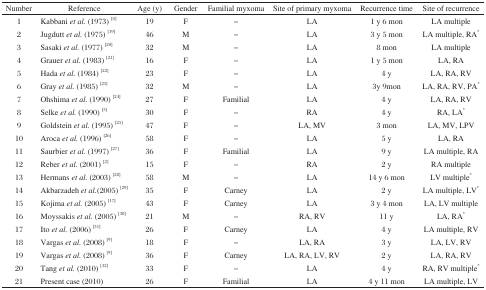
<table><thead><tr><td><b>Number</b></td><td><b>Reference</b></td><td><b>Age (y)</b></td><td><b>Gender</b></td><td><b>Familial myxoma</b></td><td><b>Site of primary myxoma</b></td><td><b>Recurrence time</b></td><td><b>Site of recurrence</b></td></tr></thead><tbody><tr><td>1</td><td>Kabbani <i>et al.</i> (1973) [8]</td><td>19</td><td>F</td><td>-</td><td>LA</td><td>1 y 6 mon</td><td>LA multiple</td></tr><tr><td>2</td><td>Jugdutt <i>et al.</i> (1975) [19]</td><td>46</td><td>M</td><td>-</td><td>LA</td><td>3 y 5 mon</td><td>LA multiple, RA*</td></tr><tr><td>3</td><td>Sasaki <i>et al.</i> (1977) [20]</td><td>32</td><td>M</td><td>-</td><td>LA</td><td>8 mon</td><td>LA multiple</td></tr><tr><td>4</td><td>Grauer <i>et al.</i> (1983) [21]</td><td>16</td><td>F</td><td>-</td><td>LA</td><td>1 y 5 mon</td><td>LA, RA</td></tr><tr><td>5</td><td>Hada <i>et al.</i> (1984) [22]</td><td>23</td><td>F</td><td>-</td><td>LA</td><td>4 y</td><td>LA, RA, RV</td></tr><tr><td>6</td><td>Gray <i>et al.</i> (1985) [23]</td><td>32</td><td>M</td><td>-</td><td>LA</td><td>3y 9mon</td><td>LA, RA, RV, PA*</td></tr><tr><td>7</td><td>Ohshima <i>et al.</i> (1990) [24]</td><td>27</td><td>F</td><td>Familial</td><td>LA</td><td>4 y</td><td>LA, RA, RV</td></tr><tr><td>8</td><td>Selke <i>et al.</i> (1990) [3]</td><td>30</td><td>F</td><td>-</td><td>RA</td><td>4 y</td><td>RA, LA*</td></tr><tr><td>9</td><td>Goldstein <i>et al.</i> (1995) [25]</td><td>47</td><td>F</td><td>-</td><td>LA, MV</td><td>3 mon</td><td>LA, MV, LPV</td></tr><tr><td>10</td><td>Aroca <i>et al.</i> (1996) [26]</td><td>58</td><td>F</td><td>-</td><td>LA</td><td>5 y</td><td>LA, RA</td></tr><tr><td>11</td><td>Saurbier <i>et al.</i> (1997) [27]</td><td>36</td><td>F</td><td>Familial</td><td>LA</td><td>9 y</td><td>LA multiple, RA</td></tr><tr><td>12</td><td>Reber <i>et al.</i> (2001) [2]</td><td>15</td><td>F</td><td>-</td><td>RA</td><td>2 y</td><td>RA multiple</td></tr><tr><td>13</td><td>Hermans <i>et al.</i> (2003) [28]</td><td>58</td><td>M</td><td>-</td><td>LA</td><td>14 y 6 mon</td><td>LV multiple*</td></tr><tr><td>14</td><td>Akbarzadeh <i>et al.</i> (2005) [29]</td><td>35</td><td>F</td><td>Carney</td><td>LA</td><td>2 y</td><td>LA multiple, LV*</td></tr><tr><td>15</td><td>Kojima <i>et al.</i> (2005) [17]</td><td>43</td><td>F</td><td>Carney</td><td>LA</td><td>3 y 4 mon</td><td>LA, LV multiple</td></tr><tr><td>16</td><td>Moyssakis <i>et al.</i> (2005) [30]</td><td>21</td><td>M</td><td>-</td><td>RA, RV</td><td>11 y</td><td>LA, RA*</td></tr><tr><td>17</td><td>Ito <i>et al.</i> (2006) [31]</td><td>26</td><td>F</td><td>Carney</td><td>LA</td><td>4 y</td><td>LA multiple, RV</td></tr><tr><td>18</td><td>Vargas <i>et al.</i> (2008) [9]</td><td>18</td><td>F</td><td>-</td><td>LA, RA</td><td>3 y</td><td>LA, LV, RV</td></tr><tr><td>19</td><td>Vargas <i>et al.</i> (2008) [9]</td><td>36</td><td>F</td><td>Carney</td><td>LA, RA, LV, RV</td><td>2 y</td><td>LA, RA, RV</td></tr><tr><td>20</td><td>Tang <i>et al.</i> (2010) [32]</td><td>33</td><td>F</td><td>-</td><td>LA</td><td>4 y</td><td>RA, RV multiple*</td></tr><tr><td>21</td><td>Present case (2010)</td><td>26</td><td>F</td><td>Familial</td><td>LA</td><td>4 y 11 mon</td><td>LA multiple, LV</td></tr></tbody></table>